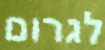
לגרום